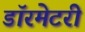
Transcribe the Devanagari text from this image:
डॉरमेटरी